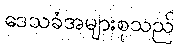
ဒေသခံအများစုသည်